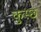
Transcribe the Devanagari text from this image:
कुस्छ